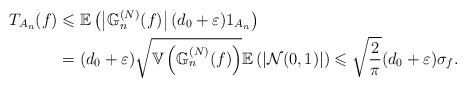
LaTeX: \begin{align*} T_{A_{n}}(f)&\leqslant\mathbb{E}\left( \left\vert \mathbb{G}_{n}^{(N)}(f)\right\vert (d_{0}+\varepsilon)1_{A_{n}}\right) \\ &=(d_{0}+\varepsilon) \sqrt{\mathbb{V}\left(\mathbb{G}_n^{(N)}(f)\right)} \mathbb{E}\left( \left\vert \mathcal{N}(0,1)\right\vert \right) \leqslant \sqrt{\frac{2}{\pi}}(d_{0}+\varepsilon)\sigma_{f} .\end{align*}